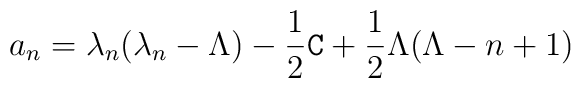
a_{n}= \lambda_{n}(\lambda_{n}-\Lambda) -\frac 12 	\texttt{C} +\frac 12 \Lambda(\Lambda-n+1)